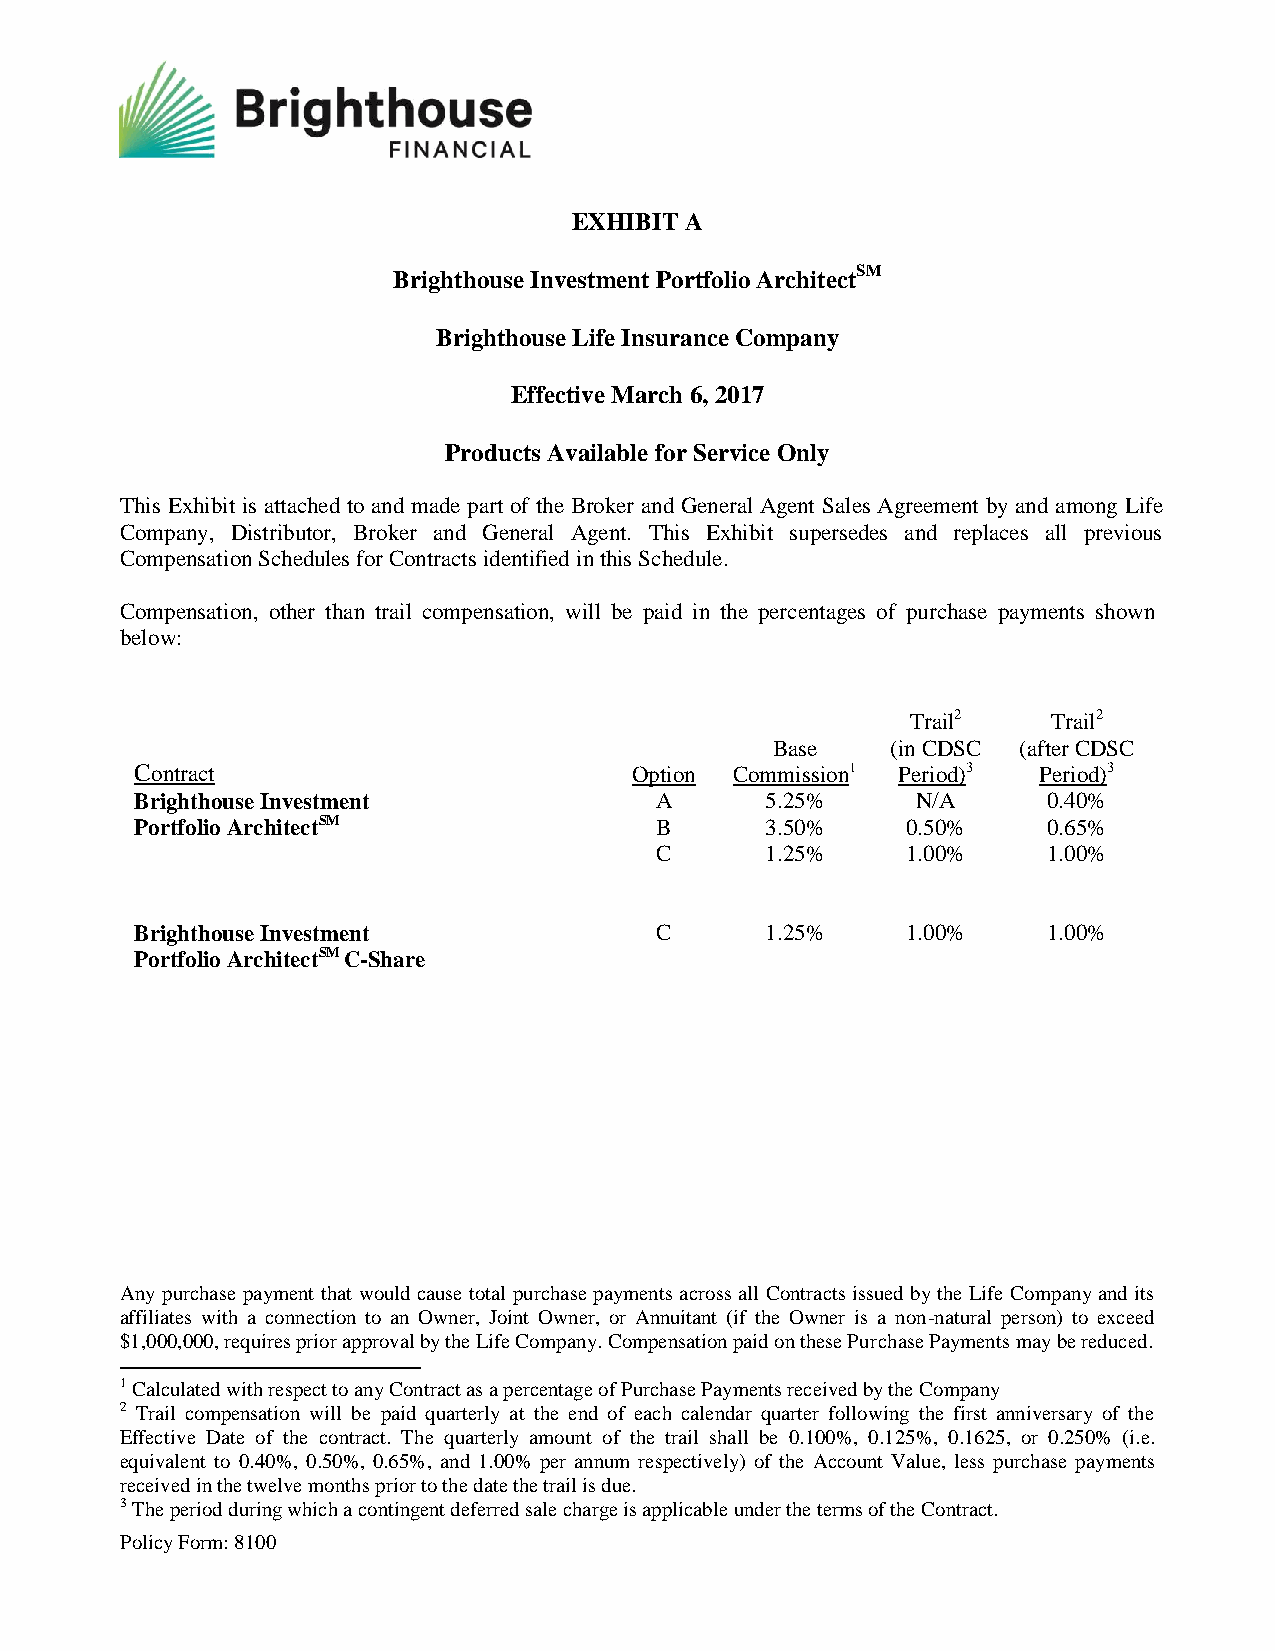
EXHIBIT A
 Brighthouse Investment Portfolio ArchitectSM
 Brighthouse Life Insurance Company
 Effective March 6, 2017
 Products Available for Service Only
 This Exhibit is attached to and made part of the Broker and General Agent Sales Agreement by and among Life
 Company, Distributor, Broker and General Agent. This Exhibit supersedes and replaces all previous
 Compensation Schedules for Contracts identified in this Schedule.
 Compensation, other than trail compensation, will be paid in the percentages of purchase payments shown
 below:
 Trail2    Trail2
 Base    (in CDSC (after CDSC
 Contract                         Option Commiss ion1 Period)3 Period)3
 Brighthouse Investment            A       5.25%     N/A     0.40%
 Portfolio ArchitectSM             B       3.50%    0.50%    0.65%
 C       1.25%    1.00%    1.00%
 Brighthouse Investment            C       1.25%    1.00%    1.00%
 Portfolio ArchitectSM C-Share
 Any purchase payment that would cause total purchase payments across all Contracts issued by the Life Company and its
 affiliates with a connection to an Owner, Joint Owner, or Annuitant (if the Owner is a non-natural person) to exceed
 $1,000,000, requires prior approval by the Life Company. Compensation paid on these Purchase Payments may be reduced.
 1 Calculated with respect to any Contract as a percentage of Purchase Payments received by the Company
 2 Trail compensation will be paid quarterly at the end of each calendar quarter following the first anniversary of the
 Effective Date of the contract. The quarterly amount of the trail shall be 0.100%, 0.125%, 0.1625, or 0.250% (i.e.
 equivalent to 0.40%, 0.50%, 0.65%, and 1.00% per annum respectively) of the Account Value, less purchase payments
 received in the twelve months prior to the date the trail is due.
 3 The period during which a contingent deferred sale charge is applicable under the terms of the Contract.
 Policy Form: 8100